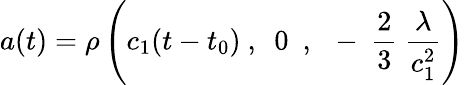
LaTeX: a(t)=\rho\left(c_{1}(t-t_{0})\ ,\ \ 0\ \ ,\ \ -\ \frac{2}{3}\ \frac{\lambda}{c_{1}^{2}}\right)